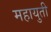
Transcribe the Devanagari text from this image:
महायुती